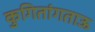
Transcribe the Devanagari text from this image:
कुगितांगताऊ